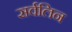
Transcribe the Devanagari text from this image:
सर्वलिन